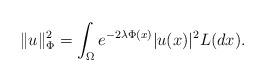
LaTeX: \begin{align*}\| u \|_{\Phi}^{2} = \int_{\Omega} e^{-2\lambda \Phi(x)} |u(x) |^{2} L(dx).\end{align*}